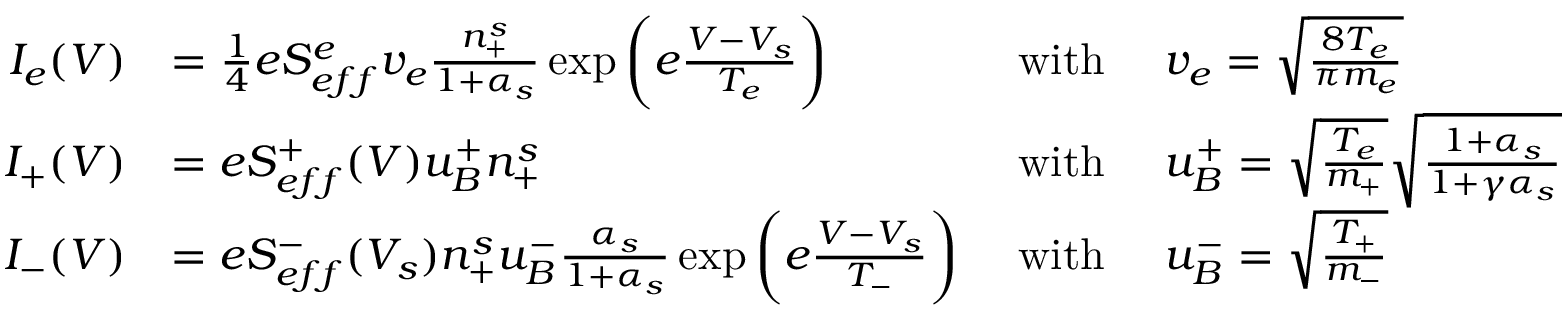
\begin{array} { r l r l } { I _ { e } ( V ) } & { = \frac { 1 } { 4 } e S _ { e f f } ^ { e } v _ { e } \frac { n _ { + } ^ { s } } { 1 + \alpha _ { s } } \exp \bigg ( { e \frac { V - V _ { s } } { T _ { e } } } \bigg ) } & { \mathrm { ~ w i t h ~ } } & { v _ { e } = \sqrt { \frac { 8 T _ { e } } { \pi m _ { e } } } } \\ { I _ { + } ( V ) } & { = e S _ { e f f } ^ { + } ( V ) u _ { B } ^ { + } n _ { + } ^ { s } } & { \mathrm { ~ w i t h ~ } } & { u _ { B } ^ { + } = \sqrt { \frac { T _ { e } } { m _ { + } } } \sqrt { \frac { 1 + \alpha _ { s } } { 1 + \gamma \alpha _ { s } } } } \\ { I _ { - } ( V ) } & { = e S _ { e f f } ^ { - } ( V _ { s } ) n _ { + } ^ { s } u _ { B } ^ { - } \frac { \alpha _ { s } } { 1 + \alpha _ { s } } \exp \bigg ( { e \frac { V - V _ { s } } { T _ { - } } } \bigg ) } & { \mathrm { ~ w i t h ~ } } & { u _ { B } ^ { - } = \sqrt { \frac { T _ { + } } { m _ { - } } } } \end{array}